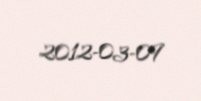
2012-03-09